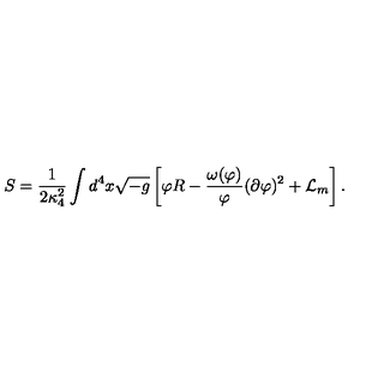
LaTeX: S = \frac { 1 } { 2 \kappa _ { 4 } ^ { 2 } } \int d ^ { 4 } x \sqrt { - g } \left[ \varphi R - \frac { \omega ( \varphi ) } { \varphi } ( \partial \varphi ) ^ { 2 } + { \cal L } _ { m } \right] .